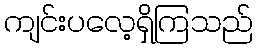
ကျင်းပလေ့ရှိကြသည်